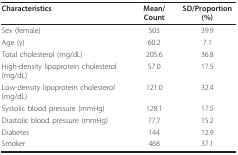
| Characteristics | Mean/Count | SD/Proportion (%) |
 | --- | --- | --- |
 | Sex (female) | 503 | 39.9 |
 | Age (y) | 60.2 | 7.1 |
 | Total cholesterol (mg/dL) | 205.6 | 36.8 |
 | High-density lipoprotein cholesterol (mg/dL) | 57.0 | 17.5 |
 | Low-density lipoprotein cholesterol (mg/dL) | 121.0 | 32.4 |
 | Systolic blood pressure (mmHg) | 128.1 | 17.5 |
 | Diastolic blood pressure (mmHg) | 77.7 | 15.2 |
 | Diabetes | 144 | 12.9 |
 | Smoker | 468 | 37.1 |